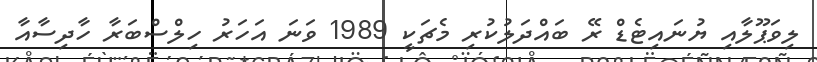
ލިވަޕޫލާއި ޔުނައިޓެޑް ރޭ ބައްދަލުކުރި މެޗަކީ 1989 ވަނަ އަހަރު ހިލްސްބަރާ ހާދިސާއާ